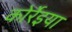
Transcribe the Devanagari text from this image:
कोर्रेइया